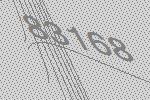
83168